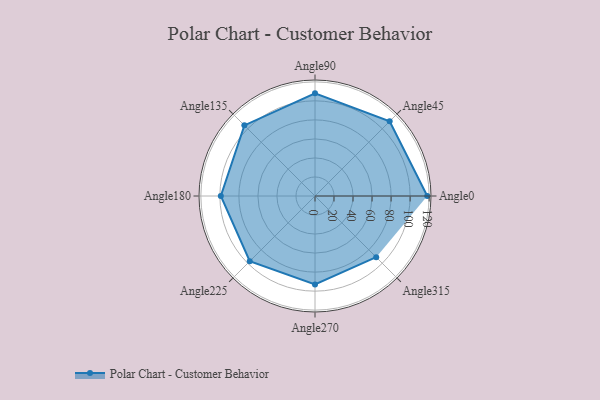
{"axis": {"x": "Angle", "y": "Radius"}, "legend": [""], "data": [{"x": "Angle0", "y": 118.0, "type": ""}, {"x": "Angle45", "y": 111.0, "type": ""}, {"x": "Angle90", "y": 108.0, "type": ""}, {"x": "Angle135", "y": 105.0, "type": ""}, {"x": "Angle180", "y": 99.0, "type": ""}, {"x": "Angle225", "y": 97.0, "type": ""}, {"x": "Angle270", "y": 93.0, "type": ""}, {"x": "Angle315", "y": 91.0, "type": ""}]}